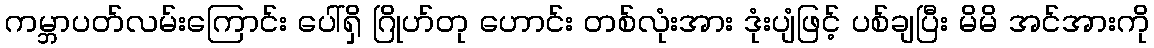
ကမ္ဘာပတ်လမ်းကြောင်း ပေါ်ရှိ ဂြိုဟ်တု ဟောင်း တစ်လုံးအား ဒုံးပျံဖြင့် ပစ်ချပြီး မိမိ အင်အားကို